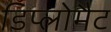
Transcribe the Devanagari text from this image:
डिप्लोमैट